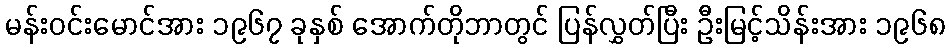
မန်းဝင်းမောင်အား ၁၉၆၇ ခုနှစ် အောက်တိုဘာတွင် ပြန်လွှတ်ပြီး ဦးမြင့်သိန်းအား ၁၉၆၈